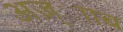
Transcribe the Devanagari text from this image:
अज़्ााब